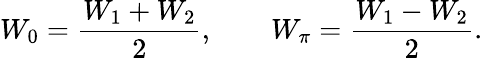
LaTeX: W_{0}=\frac{W_{1}+W_{2}}{2},\qquad W_{\pi}=\frac{W_{1}-W_{2}}{2}.